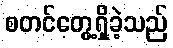
စတင်တွေ့ရှိခဲ့သည်